Annual report on the working of the lock hospitals in the Central Provinces
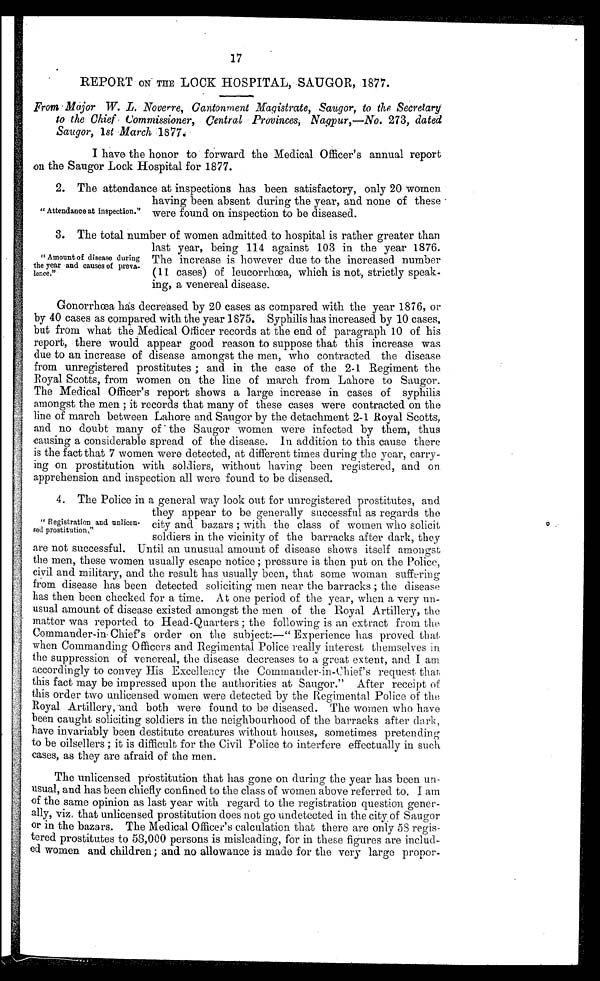
17
REPORT ON THE LOOK HOSPITAL, SAUGOR, 1877.
From Major W. L, Noverre, Cantonment Magistrate, Saugor, to the Secretary
to the Chief Commissioner, Central Provinces, Nagpur,—No.2 7 3 ,
d a t e d
Saugor, 1st March 1877.
I have the honor to forward the Medical Officer's annual report
on the Saugor Lock Hospital for 1877.
" Attendance at inspection."
2. The attendance at inspections has been satisfactory, only 20 women
having been absent during the year, and none of these
were found on inspection to be diseased.
" A m o u n t o f d i s e a s e d u r i n g
the year and causes of preva-
lence."
3. The total number of women admitted to hospital is rather greater than
last year, being 114 against 103 in the year 1876.
The increase is however due to the increased number
(11 cases) of leucorrhœa, which is not, strictly spea
k-ing, a venereal disease.
Gonorrhœa has decreased by 20 cases as compared with the year 1876, or
by 40 cases as compared with the year 1875. Syphilis has increased by 10 cases,
but from what the Medical Officer records at the end of paragraph 10 of his
report, there would appear good reason to suppose that this increase was
due to an increase of disease amongst the men, who contracted the disease
from unregistered prostitutes ; and in the case of the 2-1 Regiment the
Royal Scotts, from women on the line of march from Lahore to Saugor.
The Medical Officer's report shows a large increase in cases of syphilis
amongst the men ; it records that many of these cases were contracted on the
line of march between Lahore and Saugor by the detachment 2-1 Royal Scotts,
and no doubt many of the Saugor women were infected by them, thus
causing a considerable spread of the disease. In addition to this cause there
is the fact that 7 women were detected, at different times during the year, carry-
ing on prostitution with soldiers, without having been registered, and on
apprehension and inspection all were found to be diseased.
"Regestration and unlicen-sed prostitution."
4. The Police in a general way look out for unregistered prostitutes, and
they appear to be generally successful as regards the
city and bazars ; with the class of women who solicit
soldiers in the vicinity of the barracks after dark, they
are not successful. Until all unusual amount of disease shows itself amongst
the men, these women usually escape notice ; pressure is then put on the Police,
civil and
m i l i t a r y , a n d t h e r e s u l t h a s u s u a l l y b e e n , t h a t s o m e w o m a n s u r f f e r i n g f r o m d i s e a s e h a s b e e n d e t e c t e d s o l i c i t i n g m e n n e a r ,
the barracks ; the
disease has then been checked for a time. At one period of the year, when a very un-
usual amount of disease existed amongst the men of the Royal Artillery, the
matter was reported to Head-Quarters ; the following is an extract from the
Commander-in Chief's order on the subject:—" Experience has proved that
when Commanding Officers and Regimental Police really interest themselves in
the suppression of venereal, the disease decreases to a great extent, and I am
accordingly to convey His Excellency the Commander-in-Chief's request that
this fact may be impressed upon the authorities at Saugor." After receipt of
this order two unlicensed women were detected by the Regimental Police of the
Royal Artillery, and both were found to be diseased. The women who have
been caught soliciting soldiers in the neighbourhood of the barracks after dark,
have invariably been destitute creatures without houses, sometimes pretending
to be oilsellers ; it is difficult for the Civil Police to interfere effectually in such
cases, as they are afraid of the men.
The unlicensed prostitution that has gone on during the year has been un-
usual, and has been chiefly confined to the class of women above referred to. I am
of the same opinion as last year with regard to the registration question gener
-ally, viz, that unlicensed prostitution does not go undetected in the city of Saugor
or in the bazars. The Medical Officer's calculation that there are only 58 regis-
tered prostitutes to 58,000 persons is misleading, for in these figures are includ-
ed women and children ; and no allowance is made for the very large propor-